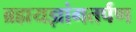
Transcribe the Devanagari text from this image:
ब्रह्मयज्ञांगतर्पण